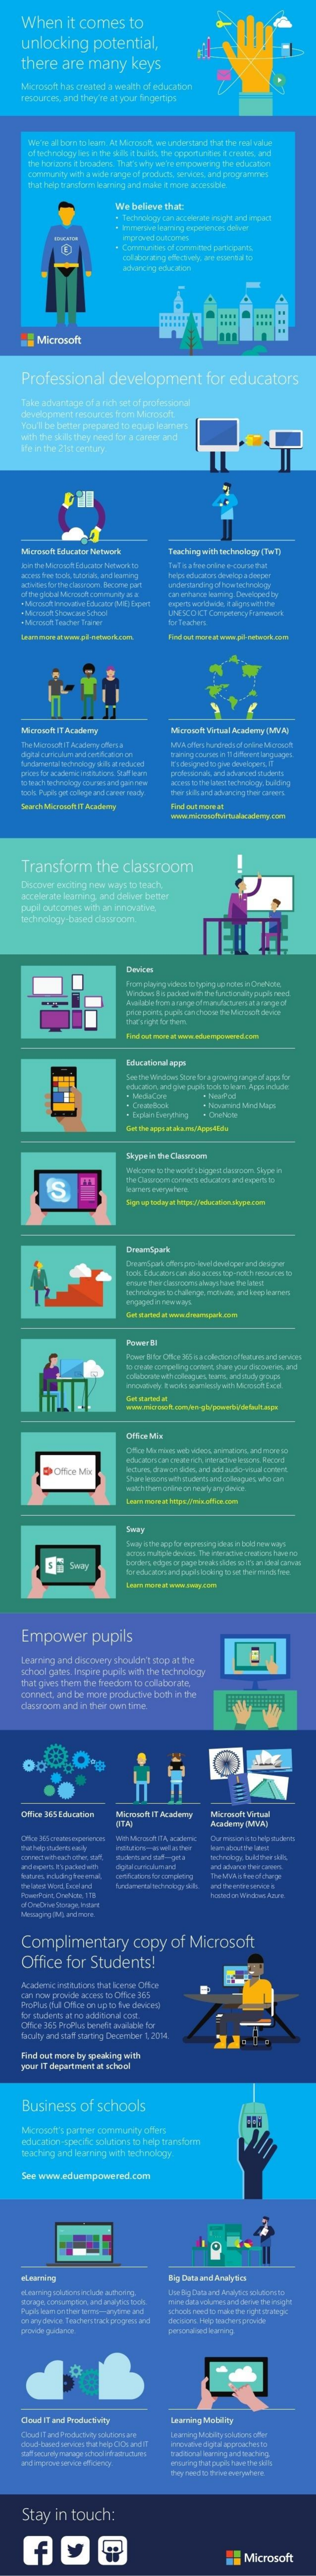
When    it comes    to
     unlocking    potential,
     there    are   many    keys
     Microsoft has created a wealth of education
     resources, and they le at your fingertips
     ino've all bom tolean. Az Microucht, we understand that the real value
     of technology esin the duills it builts, the popon abes townes, and
     community with a wake tange of prod acts, serkan, and programmes
     that hea tandoin learning and make it more anoscute
     We  believe that
     t Technology can accelerate might and impact
     achanging education
     .... ..
     Professional    development    for   educators
     Take achantage  of a rich set of professional
     YouT  be biffer prepared to equip loirrens
     Ite inthe 2'st cemun
     Microoch Educator Network    Teaching with technology (Tan)
     for HattenL.
     Menina Fi IT Ba aderry    Mirenel Virtaal Aradimery OMVLID
     Search MasosettIT Aradery    Find out more at
     Transform    the   classroom
     Discover exciting new ways to teach.
     accelerate leaning and colle  better
     pupill outcomes with an innovative,
     technology-baned  climroom.
     edicion, and put puph took mlest. Apps indude
     . Cumflock
     . briss breyting
     Skype in thel-Cacuraany
     Vidcome to the world'sbigperdervoor. Skypein
     S
     Oweandpark
     Power Bitor Orfoe JOH toolesom Dhessent and HarHo !!
     Office Mis
     Q Office M
     Empower    pupils
     Linie ring and cincowiry shouldnit stop at the
     school gates. Inspire pupils with the technology
     that gives them the freedom to colaborate
     connect, and be more productive both in the
     tamroom   and in their own site.
     Maroon  IT Acederry    Microsek Virtual
     Complimentary    copy    of  Microsoft
     Office    for    Students!
     lor stuckents al no addison al cool.
     Office 365 PicPlus beid 4available for
     lacualty and yoff sorting December 1.2014.
     Find out more by speaking with
     your IT department at school
     Business    of  schools
     Mermatt's  partner community  offers
     teaching and learning with technology
     See www.eduempowered.com
     wLeaming    Big Data and Analytics
     Cloud IT and Productivity    Learning Mobility
     Stay    in  touch:
     Microsoft